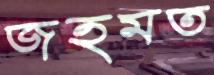
জহমত